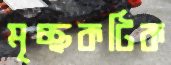
মৃচ্ছকটিক